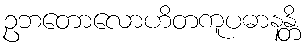
ဥဘတောလောဟိတကူပဓာနန္တိ